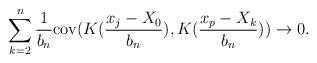
LaTeX: \begin{align*}\sum_{k=2}^{n}\frac{1}{b_{n}}\mathrm{cov}(K(\frac{x_{j}-X_{0}}{b_{n}}),K(\frac{x_{p}-X_{k}}{b_{n}}))\rightarrow0. \end{align*}